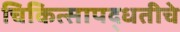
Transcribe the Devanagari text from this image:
चिकित्सापद्धतीचे